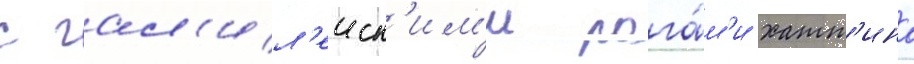
с гал'ил'еиск'им'и рога́м'и хатт'ина